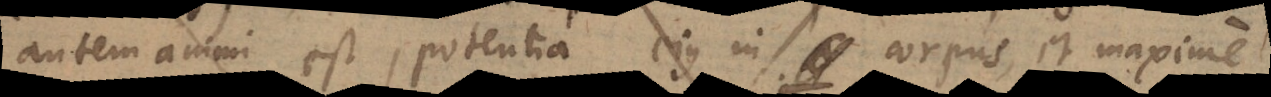
autem animi est, potentia ejus in corpus, et maxime